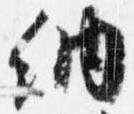
納